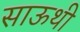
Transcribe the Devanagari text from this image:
साऊथी